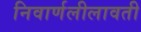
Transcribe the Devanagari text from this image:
निवार्णलीलावती